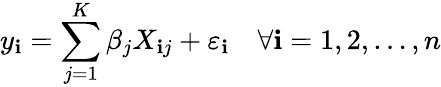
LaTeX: y_{\mathbf{i}}=\sum_{j=1}^{K}\beta_{j}X_{\mathbf{i}j}+\varepsilon_{\mathbf{i}}\quad\forall\mathbf{i}=1,2,\ldots,n